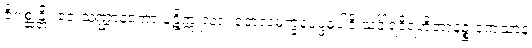
ဇိဂုစ္ဆန္တိ။ ဧဝံ သဏ္ဌာနတော ပဋိက္ကူလာ။ တေလမက္ခနပုပ္ဖဓူပါဒိ သင်္ခါရဝိရဟိတာနဉ္စ ကေသာနံ